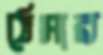
ঠেসার